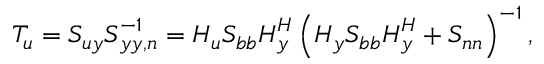
\boldsymbol { T _ { u } } = \boldsymbol { S _ { u y } } \boldsymbol { S } _ { \boldsymbol { y y , n } } ^ { - 1 } = \boldsymbol { H _ { u } } \boldsymbol { S _ { b b } } \boldsymbol { H } _ { \boldsymbol { y } } ^ { H } \left( \boldsymbol { H _ { y } } \boldsymbol { S _ { b b } } \boldsymbol { H } _ { \boldsymbol { y } } ^ { H } + \boldsymbol { S _ { n n } } \right) ^ { - 1 } ,